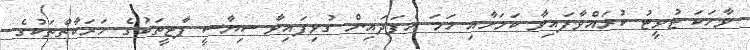
ވާހަކަ ޓުވީޓު ކުރައްވާފައިވާ ކަމަށާއި ހަމަ އެފަދައިން ގުޅިފައިވާ ސިޔާސީ ޕާޓީތަކުގެ ހަރަކާތްތަކުގެ